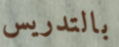
بالتدريس